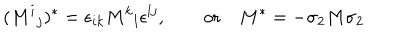
LaTeX: ( M ^ { i } { } _ { j } ) ^ { * } = \epsilon _ { i k } M ^ { k } { } _ { l } \epsilon ^ { l j } , \qquad \mathrm { o r } \quad M ^ { * } = - \sigma _ { 2 } M \sigma _ { 2 }